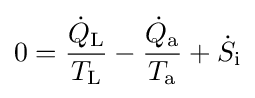
0={\frac {{\dot {Q}}_{\text{L}}}{T_{\text{L}}}}-{\frac {{\dot {Q}}_{\text{a}}}{T_{\text{a}}}}+{\dot {S}}_{\text{i}}